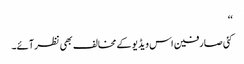
‘‘
کئی صارفین اس ویڈیو کے مخالف بھی نظر آئے۔